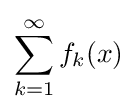
\sum _{k=1}^{\infty }f_{k}(x)